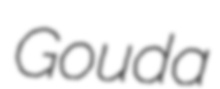
Gouda